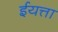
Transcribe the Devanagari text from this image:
ईयत्ता